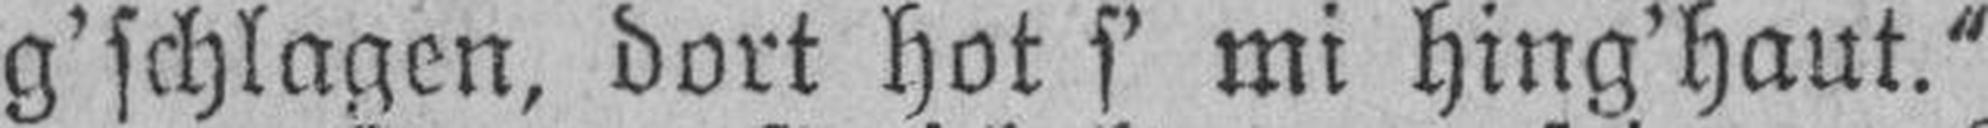
g’schlagen, dort hot s’ mi hing’haut.“